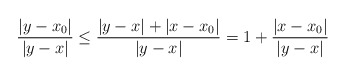
\begin{align*}\frac{|y-x_0|}{|y-x|}\leq \frac{|y-x|+|x-x_0|}{|y-x|}=1+\frac{|x-x_0|}{|y-x|}\end{align*}